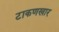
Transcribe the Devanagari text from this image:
टाकणखार